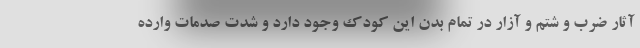
آثار ضرب و شتم و آزار در تمام بدن این کودک وجود دارد و شدت صدمات وارده